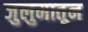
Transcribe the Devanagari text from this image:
जुलुमातून